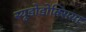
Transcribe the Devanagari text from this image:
स्यूडोडोक्सिया